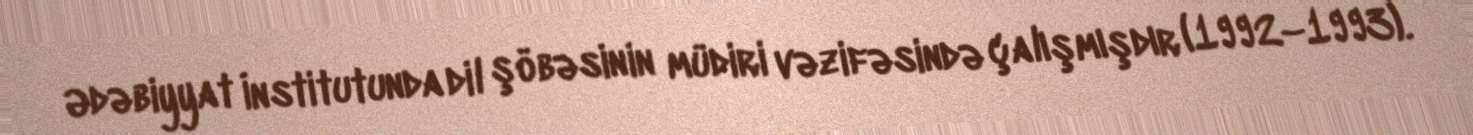
Ədəbiyyat İnstitutunda dil şöbəsinin müdiri vəzifəsində çalışmışdır (1992–1993).